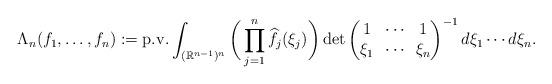
LaTeX: \begin{align*}\Lambda_n(f_1,\dots,f_n) :=\textup{p.v.} \int_{(\mathbb{R}^{n-1})^n} \bigg(\prod_{j=1}^n\widehat{f_j}(\xi_j )\bigg)\det\begin{pmatrix}1 & \!\cdots\! & 1\\ \xi_1 & \!\cdots\! & \xi_n \end{pmatrix}^{-1} d\xi_1\cdots d\xi_n.\end{align*}